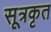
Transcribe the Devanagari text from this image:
सूत्रकृत